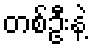
တစ်ဦးနဲ့